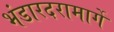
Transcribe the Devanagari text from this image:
भंडारदरामार्गे